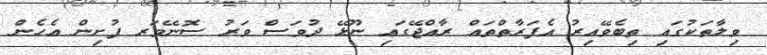
ވިލާތަކުގައި ތިބެވޭއިރު އެފަރާތްތައް ރާއްޖޭގައި ނޫޅޭ ދުވަސް ވަރު ސޮނޭވަރ ފުށިން އެހެން